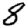
Digit: 8